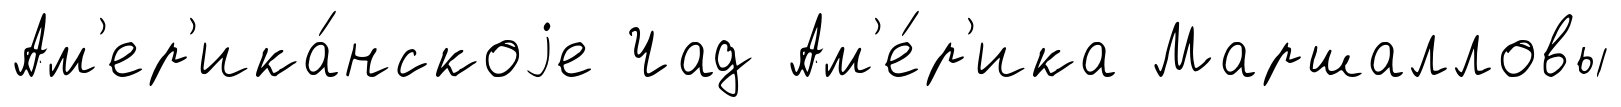
Ам'ер'ика́нскоjе Чад Ам'е́р'ика Маршалловы